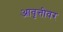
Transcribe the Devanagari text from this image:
आवृत्तीवर